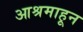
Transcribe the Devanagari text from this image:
आश्रमाहून